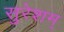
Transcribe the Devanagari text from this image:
सुरेशम्‌